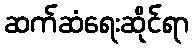
ဆက်ဆံရေးဆိုင်ရာ